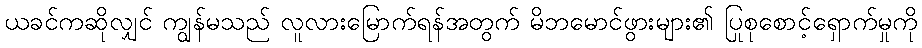
ယခင်ကဆိုလျှင် ကျွန်မသည် လူလားမြောက်ရန်အတွက် မိဘမောင်ဖွားများ၏ ပြုစုစောင့်ရှောက်မှုကို